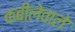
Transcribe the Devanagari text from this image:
कबीलेवाले